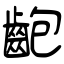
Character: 齙